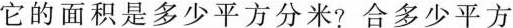
它的面积是多少平方分米?合多少平方